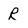
Character: R